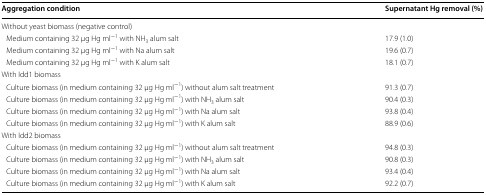
| Aggregation condition | Supernatant Hg removal (%) |
 | --- | --- |
 | <COLSPAN=2> Without yeast biomass (negative control) |
 | Medium containing 32 μg Hg ml−1 with NH3 alum salt | 17.9 (1.0) |
 | Medium containing 32 μg Hg ml−1 with Na alum salt | 19.6 (0.7) |
 | Medium containing 32 μg Hg ml−1 with K alum salt | 18.1 (0.7) |
 | <COLSPAN=2> With Idd1 biomass |
 | Culture biomass (in medium containing 32 μg Hg ml−1) without alum salt treatment | 91.3 (0.7) |
 | Culture biomass (in medium containing 32 μg Hg ml−1) with NH3 alum salt | 90.4 (0.3) |
 | Culture biomass (in medium containing 32 μg Hg ml−1) with Na alum salt | 93.8 (0.4) |
 | Culture biomass (in medium containing 32 μg Hg ml−1) with K alum salt | 88.9 (0.6) |
 | <COLSPAN=2> With Idd2 biomass |
 | Culture biomass (in medium containing 32 μg Hg ml−1) without alum salt treatment | 94.8 (0.3) |
 | Culture biomass (in medium containing 32 μg Hg ml−1) with NH3 alum salt | 90.8 (0.3) |
 | Culture biomass (in medium containing 32 μg Hg ml−1) with Na alum salt | 93.4 (0.4) |
 | Culture biomass (in medium containing 32 μg Hg ml−1) with K alum salt | 92.2 (0.7) |